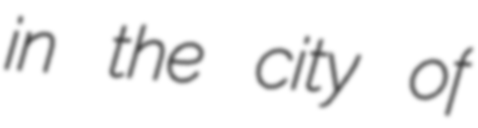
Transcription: in the city of